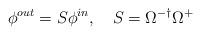
LaTeX: \begin{align*}\phi^{out}=S\phi^{in},\quad S=\Omega^{-\dagger}\Omega^{+}\end{align*}